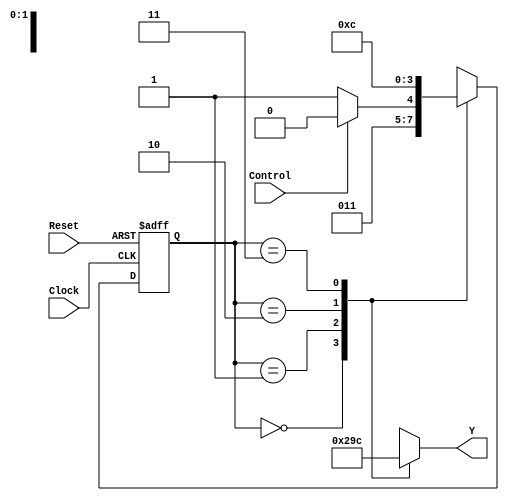
module FSM(Clock, Reset, Control, Y);

input Clock, Reset, Control;
output reg [2:0] Y;

reg [1:0] CurrentState, NextState;

parameter [1:0] ST0 = 2'b00, ST1 = 2'b01, ST2 = 2'b10, ST3 = 2'b11;

always @(posedge Clock or posedge Reset)
begin
    if(Reset)
        CurrentState <= 0;
    else
        CurrentState <= NextState;
end

always @(Control or CurrentState)
begin
    NextState = ST0;
    case(CurrentState)
        ST0: NextState <= ST1;
        ST1: 
            if(Control) NextState <= ST2;
            else NextState <= ST3;
        ST2: NextState <= ST3;
        ST3: NextState <= ST0;
    endcase
end

always @(CurrentState)
begin
    case(CurrentState)
        ST0: Y <= 1;
        ST1: Y <= 2;
        ST2: Y <= 3;
        ST3: Y <= 4;
    endcase
end

endmodule